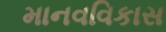
માનવવિકાસ